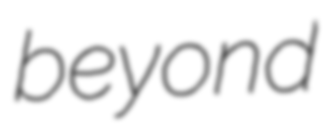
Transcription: beyond